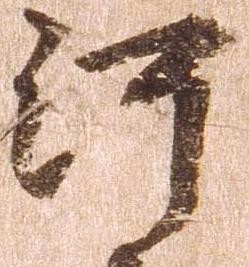
河